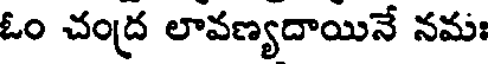
ఓం చంద్ర లావణ్యదాయినే నమః